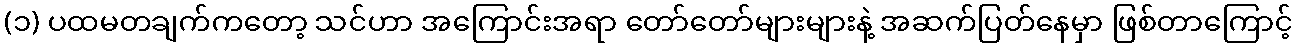
(၁) ပထမတချက်ကတော့ သင်ဟာ အကြောင်းအရာ တော်တော်များများနဲ့ အဆက်ပြတ်နေမှာ ဖြစ်တာကြောင့်